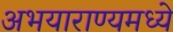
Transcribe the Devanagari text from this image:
अभयाराण्यमध्ये